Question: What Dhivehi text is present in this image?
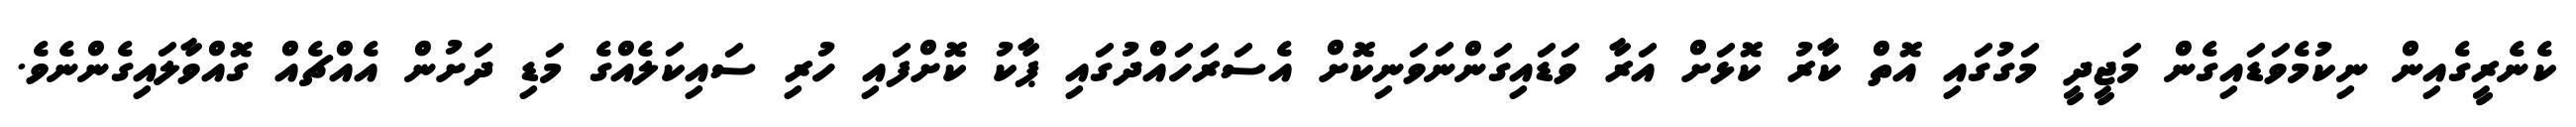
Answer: ކެނެރީގެއިން ނިކުމެވަޑައިގެން މަޖީދީ މަގުގައި އޮތް ކާރު ކޮޅަށް އަރާ ވަޑައިގަންނަވަނިކޮށް އެސަރަހައްދުގައި ޕާކު ކޮށްފައި ހުރި ސައިކަލެއްގެ މަޑި ދަށުން އެއްޗެއް ގޮއްވާލައިގެންނެވެ.